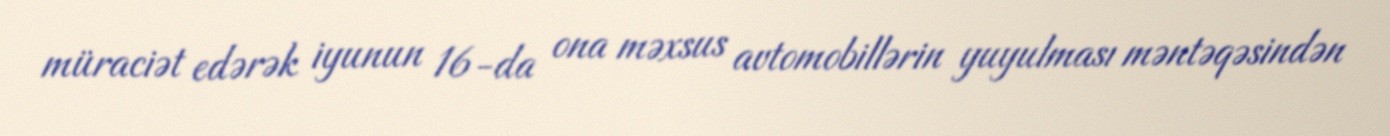
müraciət edərək iyunun 16-da ona məxsus avtomobillərin yuyulması məntəqəsindən